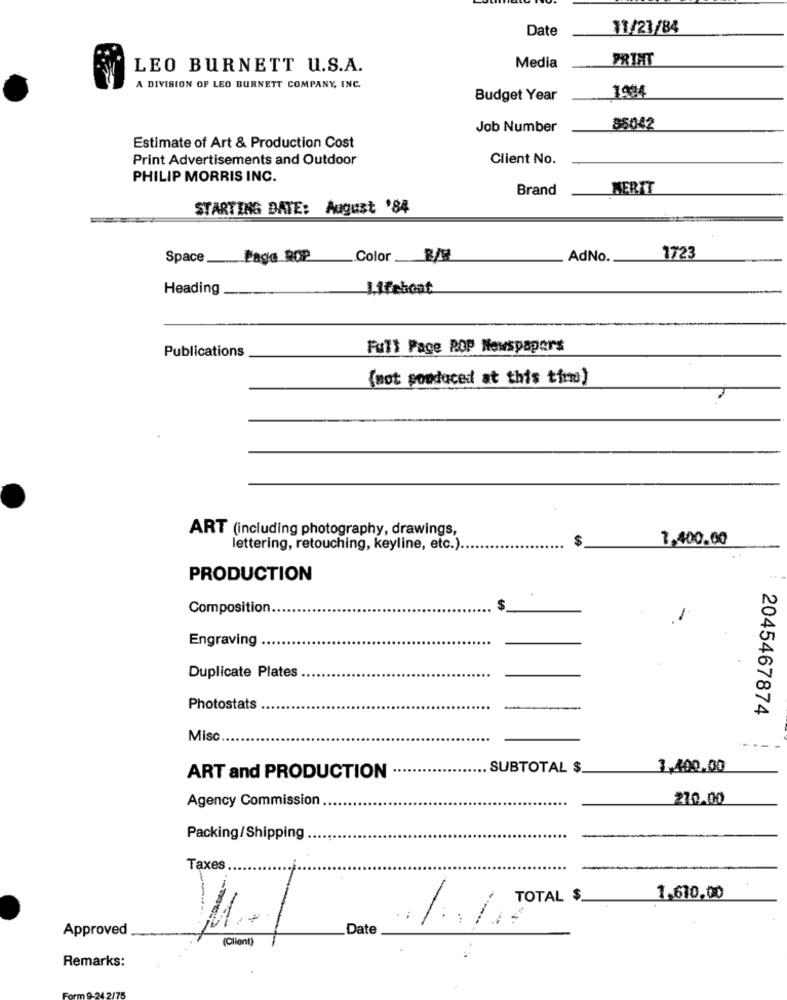
Date
11/23/84
PRINT
LEO BURNETT U.S.A.
Media
A DIVISION OF LEO BURNETT COMPANY, INC.
Budget Year
1484
Job Number
85042
Estimate of Art & Production Cost
Print Advertisements and Outdoor
Client No.
PHILIP MORRIS INC.
Brand
MERIT
STARTING DATE: August '84
Space
Paga ROP
Color 8/
AdNo.
1723
Heading
Lifebeat
Publications
Full Page POP Newspapers
(mot sonduced at this tirm)
ART (including photography, drawings,
$
7,400.00
lettering, retouching, keyline, etc.).
PRODUCTION
Composition.
$
Engraving
Duplicate Plates
Photostats
2045467874
Misc
SUBTOTAL $
1,400,00
ART and PRODUCTION
Agency Commission
270.00
Packing/Shipping
Taxes
TOTAL $
1.610,00
/ .. /. TOTAL
Approved
Date
(Client)
Remarks: